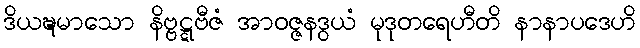
ဒိယဍ္ဎမာသော နိဗ္ဗဋ္ဋဗီဇံ အာဝဇ္ဇနဒွယံ မုဒုတရေဟီတိ နာနာပဒေဟိ